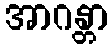
အာဂန္တာ